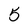
Character: 5